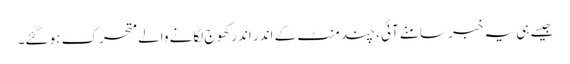
جیسے ہی یہ خبر سامنے آئی ، چند منٹ کے اندر اندر کھوج لگانے والے متحرک ہو گئے۔